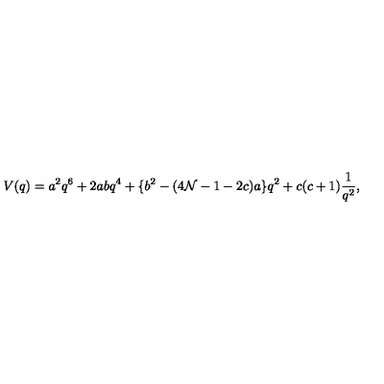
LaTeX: V ( q ) = a ^ { 2 } q ^ { 6 } + 2 a b q ^ { 4 } + \{ b ^ { 2 } - ( 4 { \cal N } - 1 - 2 c ) a \} q ^ { 2 } + c ( c + 1 ) \frac { 1 } { q ^ { 2 } } ,